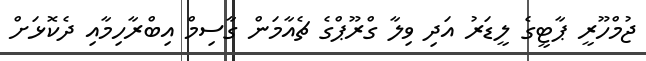
ޖުމްހޫރީ ޕާޓީގެ ލީޑަރު އަދި ވިލާ ގްރޫޕްގެ ޗެއާމަން ގާސިމް އިބްރާހިމާއި ދެކޮޅަށް